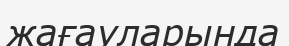
жағауларында